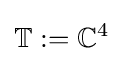
\mathbb {T} :=\mathbb {C} ^{4}